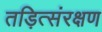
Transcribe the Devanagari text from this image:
तड़ित्संरक्षण